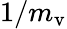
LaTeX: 1/m_{\mathrm{v}}